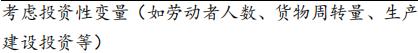
考虑投资性变量（如劳动者人数、货物周转量、生产建设投资等）